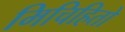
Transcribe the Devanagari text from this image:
मिचिहितो